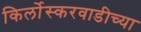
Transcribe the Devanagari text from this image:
किर्लोस्करवाडीच्या